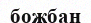
божбан